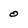
Character: 0